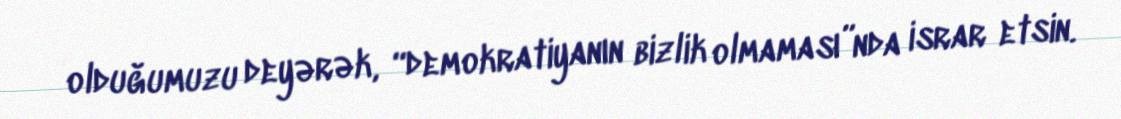
olduğumuzu deyərək, “demokratiyanın bizlik olmaması”nda israr etsin.